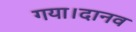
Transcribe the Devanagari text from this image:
गया।दानव